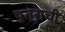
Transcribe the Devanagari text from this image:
पुतराची